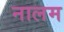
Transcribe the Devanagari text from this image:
नालम